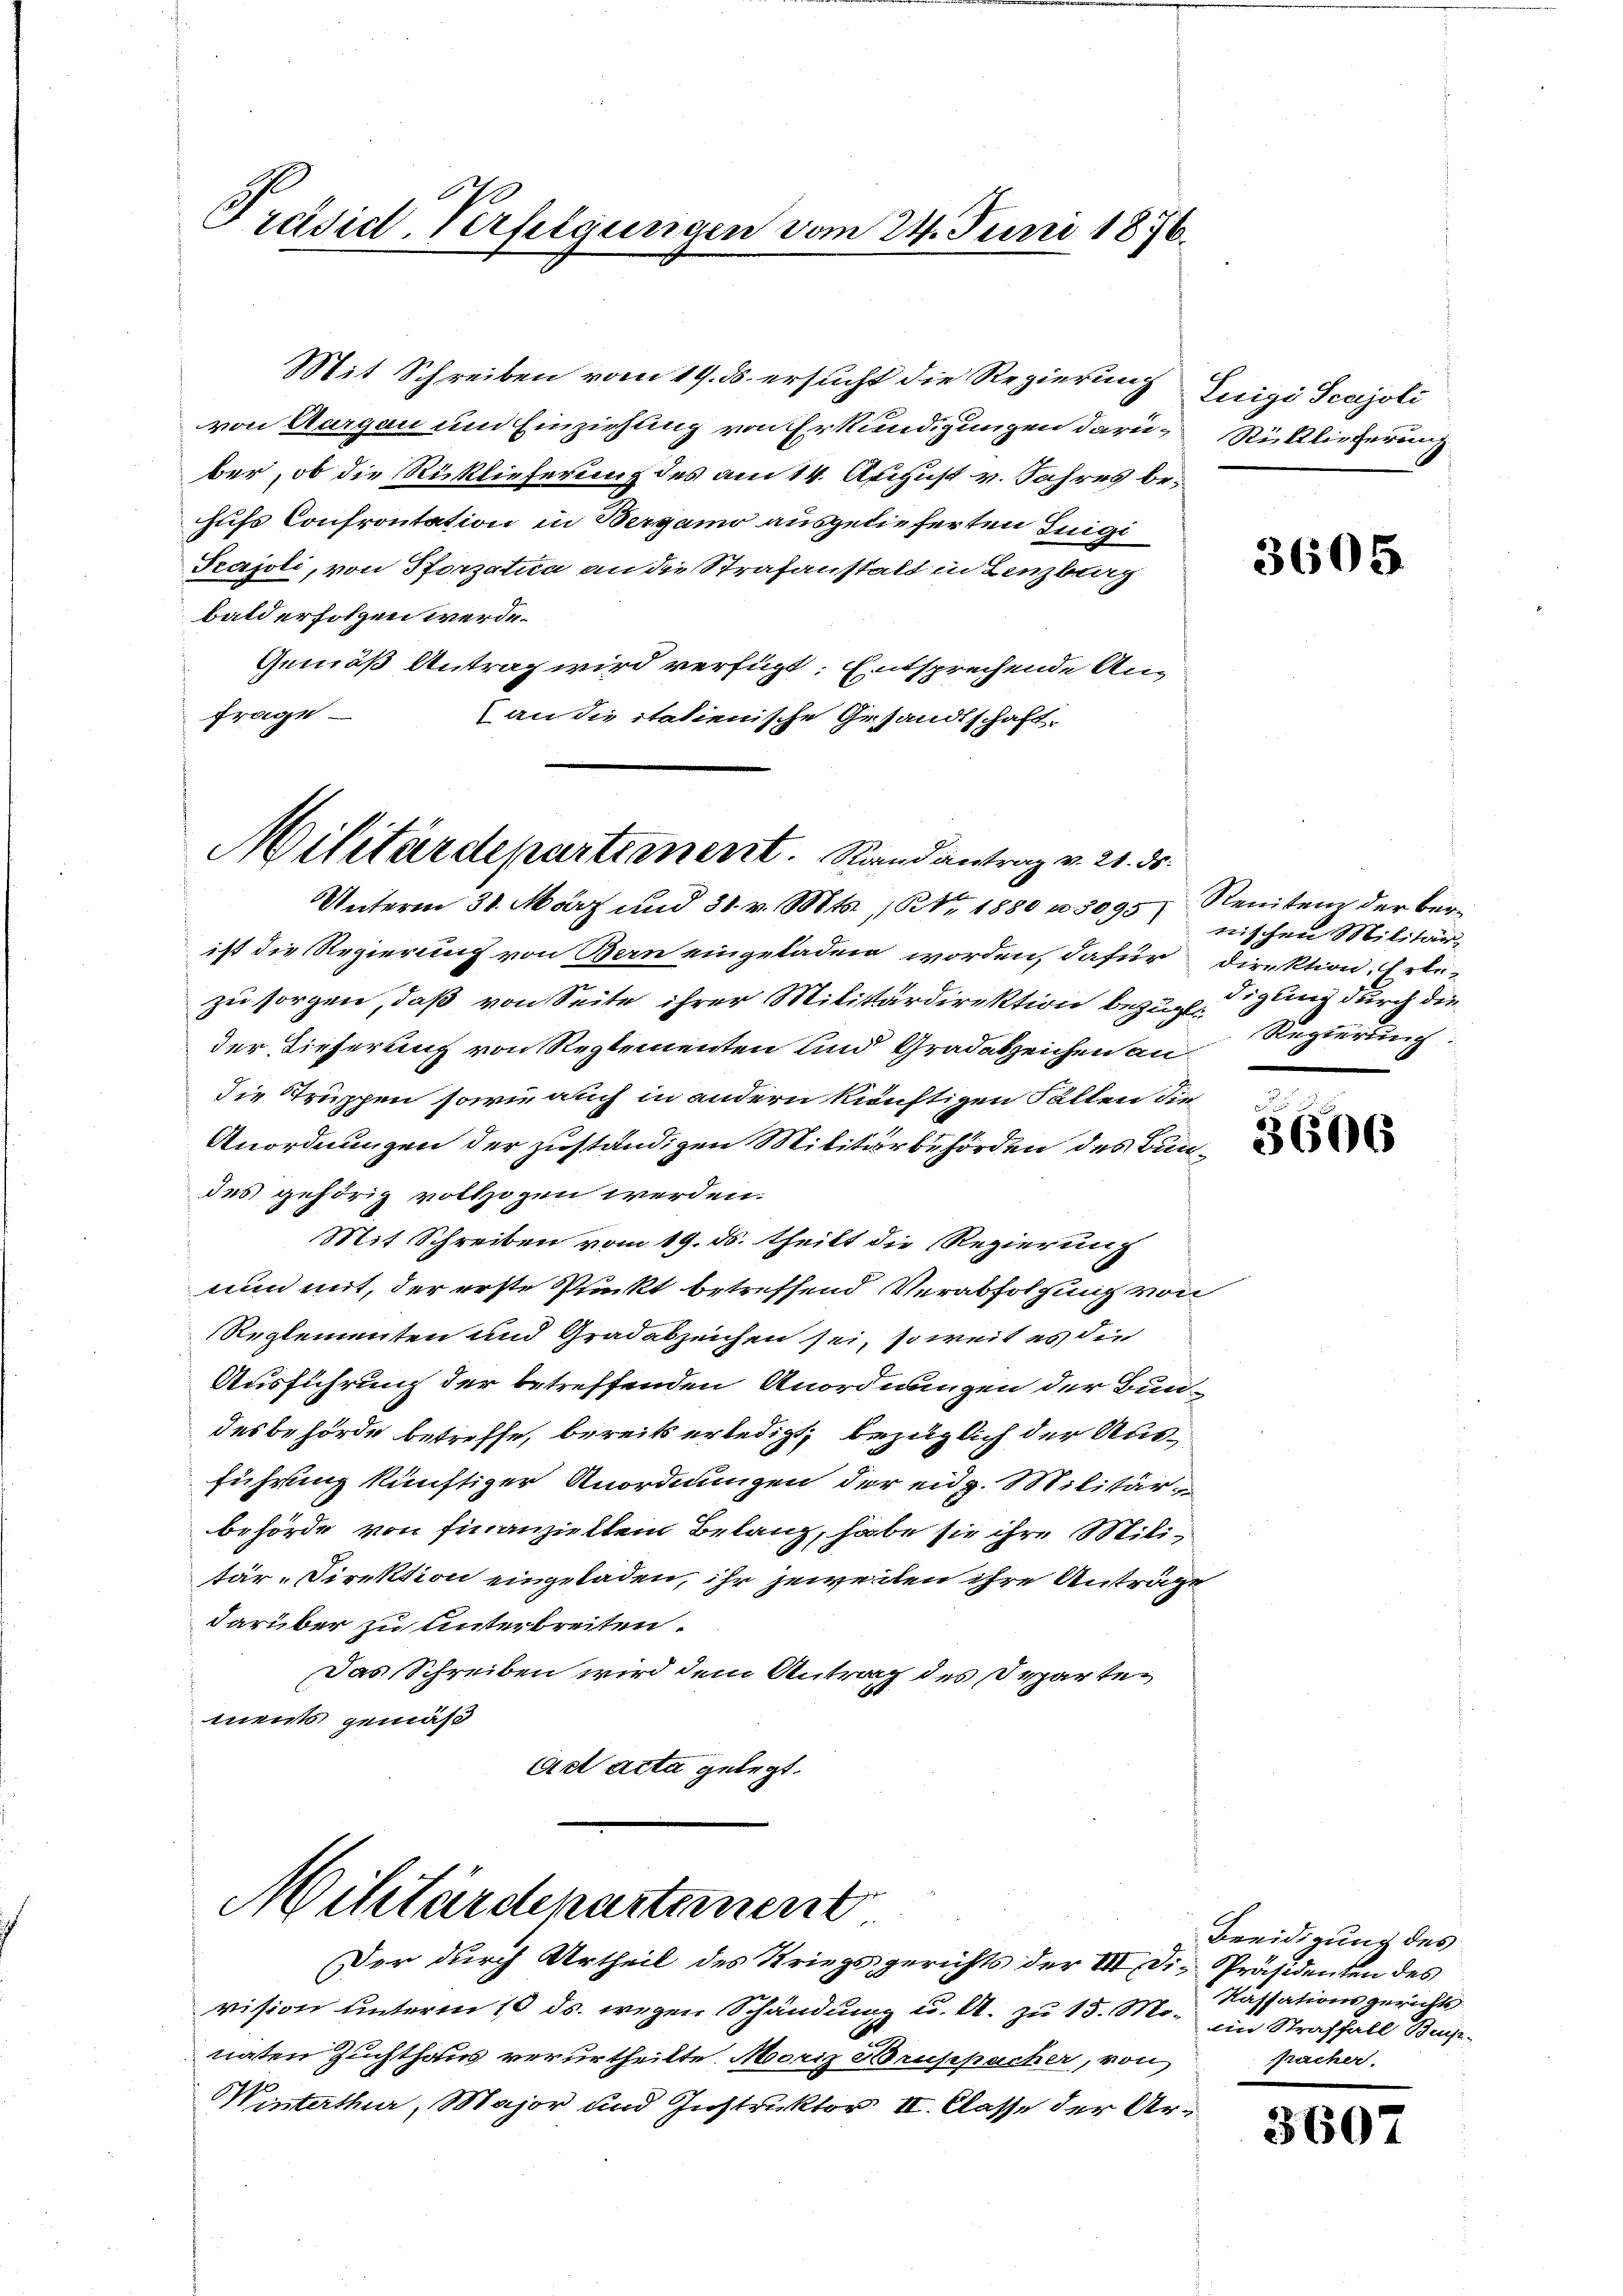
Präsid. Verfolgungen vom 24. Juni 1876

von Aargau um Einziehung von Erkundigungen darü-Rücklicherung
ber, ob die Rücklieferung des am 14. August v. Jahres behufs Confrontation in Bergamo ausgelieferten Luigi
Scajoli, von Pforzatica an die Strafanstalt in Lenzburg
bald erfolgen werde.
Gemäß Antrag wird verfügt: Entsprechende An-
frage
(an die italienische Gesandtschaft
Unterm 31. März und 31. v. Mts., Nr. 1880 u. 3095 Renitem der ber
ist die Regierung von Bern eingeladen worden, dafür direktion, Erbe-
zu sorgen, daß von Seite ihrer Militärdirektion bezug digung durch den
der Tieferung von Reglementen und Gradakzeichen an
die Truppen sowie auch in andern künftigen Fallen die
Anordnungen der zuständigen Militärbehörden des Bundes gehörig vollzogen werden.
Mit Schreiben vom 19. ds. theilt die Regierung
nun mit, der erste Punkt betreffend Verabfolgung von
Reglementen und Gradabzeichen sei, so weit es die
Ausführung der betreffenden Anordnungen der Bundesbehörde betreffe, bereits erledigt, bezüglich der Ausführung künftiger Anordnungen der eidg. Militärbehörde von finanzieltem Belang, habe sie ihre Militär-Direktion eingeladen, ihr jeweilen ihre Anträge
darüber zu unterbreiten.
Das Schreiben wird dem Antrag des Departements gemäß
Act Acta gelegt.

Militärdepartement. Stand antrag v. 21. ds.

Mit Schreiben vom 19. ds. ersucht die Regierung Eigi Scajoli

Militärdepartement
Der durch Urtheil des Kriegsgerichts der III Di-Präsidenten des

vision unterm 10. ds. wegen Schändung u. A. zu 15. Mo. im Straffall Bruenaten Zuchthaus verurtheilte Moriz Bruppacher, von
Winterthur, Major und Instruktor II. Classe der Ar¬

3605

nischen Militär-
Regierung.

.
3606

Beeidigung des
Kassationsgerichts
fprächer.

360